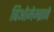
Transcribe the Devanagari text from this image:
बिओमेम्ब्राने